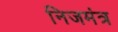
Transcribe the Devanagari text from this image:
निजमंत्र